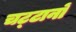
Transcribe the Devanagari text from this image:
चट्‌टानों